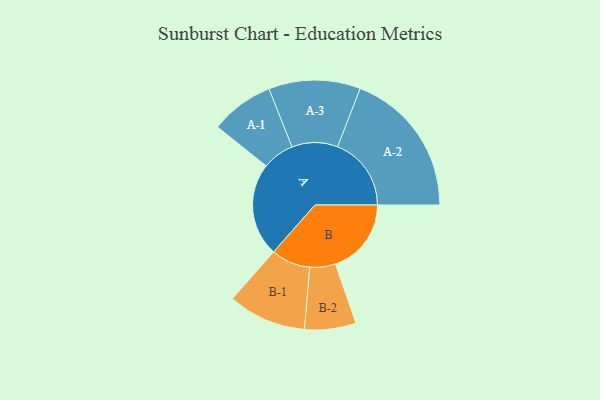
{"axis": {"x": "Segment", "y": "Value"}, "legend": ["", "A", "B"], "data": [{"x": "A", "y": 379, "type": ""}, {"x": "B", "y": 308, "type": ""}, {"x": "A-1", "y": 129, "type": "A"}, {"x": "A-2", "y": 299, "type": "A"}, {"x": "A-3", "y": 186, "type": "A"}, {"x": "B-1", "y": 159, "type": "B"}, {"x": "B-2", "y": 104, "type": "B"}]}